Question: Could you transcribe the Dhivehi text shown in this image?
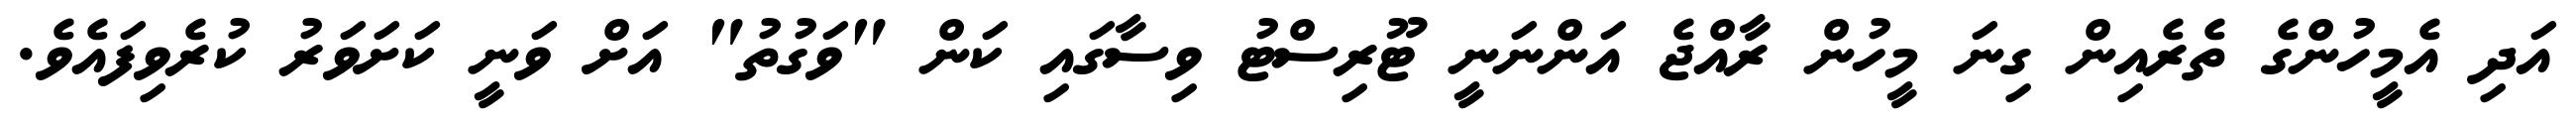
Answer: އަދި އެމީހުންގެ ތެރެއިން ގިނަ މީހުން ރާއްޖެ އަންނަނީ ޓޫރިސްޓު ވިސާގައި ކަން "ވަގުތު" އަށް ވަނީ ކަށަވަރު ކުރެވިފައެވެ.